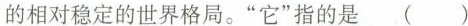
的相对稳定的世界格局。”它”指的是( )